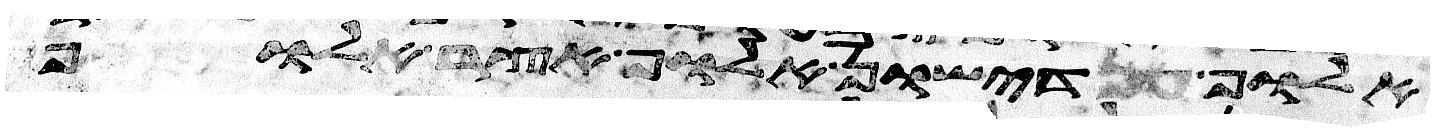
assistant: אלוף דישון אלוף אצר אלוף